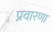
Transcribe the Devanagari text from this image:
प्रवारणा